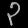
Digit: ၃